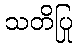
သတိပြု